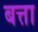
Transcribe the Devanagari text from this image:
बत्ता